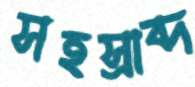
সহস্রাব্দ